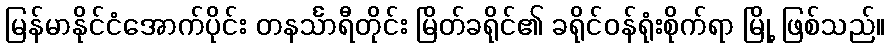
မြန်မာနိုင်ငံအောက်ပိုင်း တနင်္သာရီတိုင်း မြိတ်ခရိုင်၏ ခရိုင်ဝန်ရုံးစိုက်ရာ မြို့ ဖြစ်သည်။